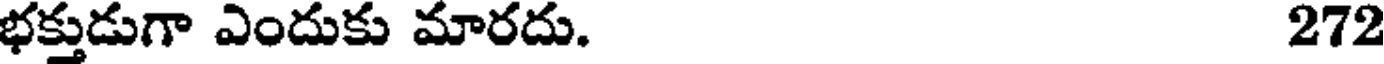
భక్తుడుగా ఎందుకు మారదు. 272